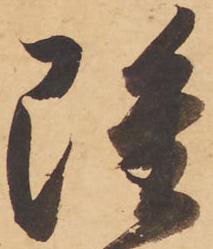
雖